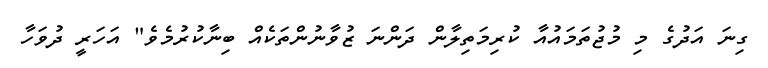
ގިނަ އަދުގެ މި މުޖުތަމައުއާ ކުރިމަތިލާން ދަންނަ ޒުވާނުންތަކެއް ބިނާކުރުމެވެ" އަހަރީ ދުވަހާ